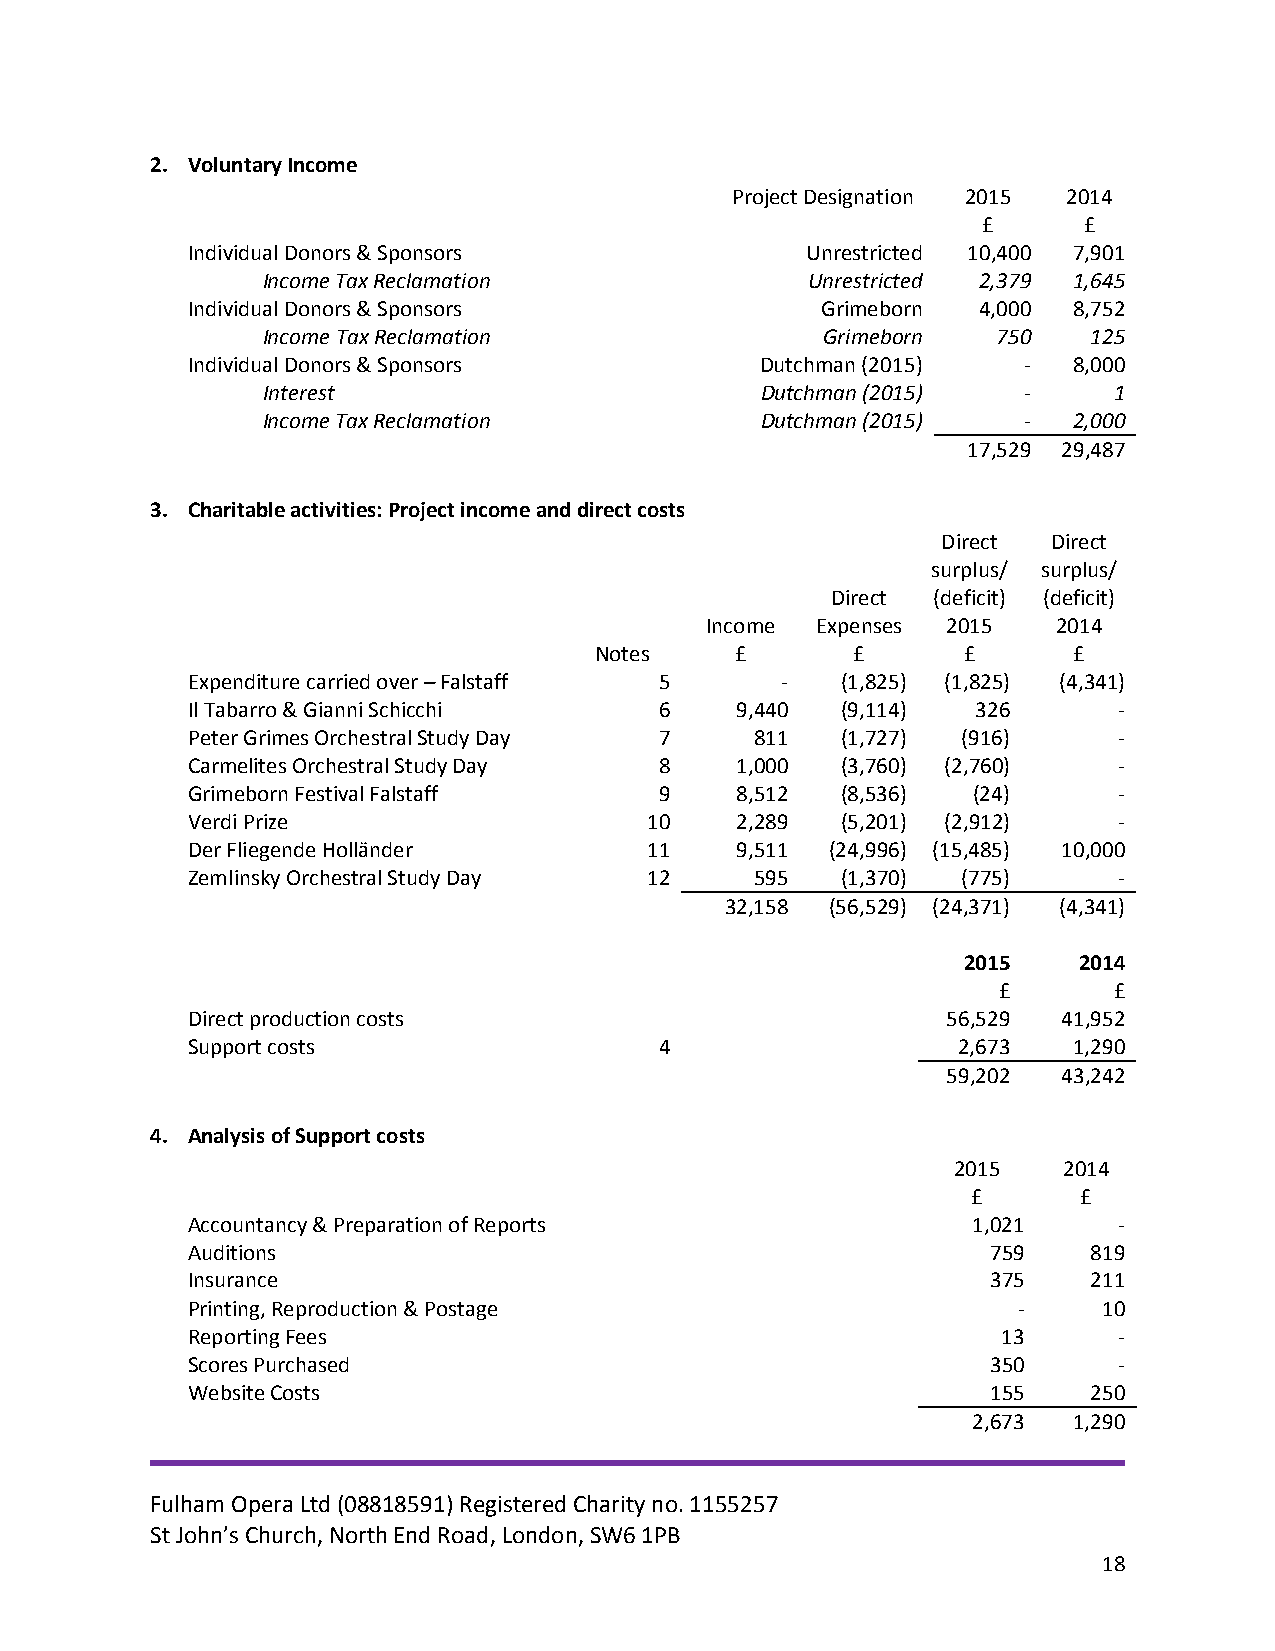
2. Voluntary Income
 Project Designation 2015 2014
 £      £
 Individual Donors & Sponsors             Unrestricted 10,400 7,901
 Income Tax Reclamation              Unrestricted 2,379 1,645
 Individual Donors & Sponsors              Grimeborn  4,000 8,752
 Income Tax Reclamation               Grimeborn   750   125
 Individual Donors & Sponsors          Dutchman (2015)   -  8,000
 Interest                         Dutchman (2015)   -     1
 Income Tax Reclamation           Dutchman (2015)   -  2,000
 17,529 29,487
 3. Charitable activities: Project income and direct costs
 Direct  Direct
 surplus/ surplus/
 Direct (deficit) (deficit)
 Income Expenses 2015   2014
 Notes     £      £       £      £
 Expenditure carried over – Falstaff 5   -   (1,825) (1,825) (4,341)
 Il Tabarro & Gianni Schicchi    6    9,440  (9,114)  326      -
 Peter Grimes Orchestral Study Day 7   811   (1,727) (916)     -
 Carmelites Orchestral Study Day 8    1,000  (3,760) (2,760)   -
 Grimeborn Festival Falstaff     9    8,512  (8,536) (24)      -
 Verdi Prize                    10    2,289  (5,201) (2,912)   -
 Der Fliegende Holländer        11    9,511 (24,996) (15,485) 10,000
 Zemlinsky Orchestral Study Day 12     595   (1,370) (775)     -
 32,158 (56,529) (24,371) (4,341)
 2015   2014
 £       £
 Direct production costs                            56,529 41,952
 Support costs                   4                  2,673   1,290
 59,202 43,242
 4. Analysis of Support costs
 2015   2014
 £       £
 Accountancy & Preparation of Reports                1,021     -
 Auditions                                             759   819
 Insurance                                             375   211
 Printing, Reproduction & Postage                       -     10
 Reporting Fees                                        13      -
 Scores Purchased                                      350     -
 Website Costs                                         155   250
 2,673  1,290
 Fulham Opera Ltd (08818591) Registered Charity no. 1155257
 St John’s Church, North End Road, London, SW6 1PB
 18